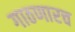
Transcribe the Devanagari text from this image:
गाठणारच